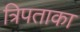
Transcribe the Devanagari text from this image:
त्रिपताका